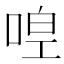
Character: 𠵋